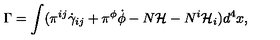
\Gamma = \int ( \pi ^ { i j } \dot { \gamma } _ { i j } + \pi ^ { \phi } \dot { \phi } - N { \mathcal { H } } - N ^ { i } { \mathcal { H } } _ { i } ) d ^ { 4 } x ,